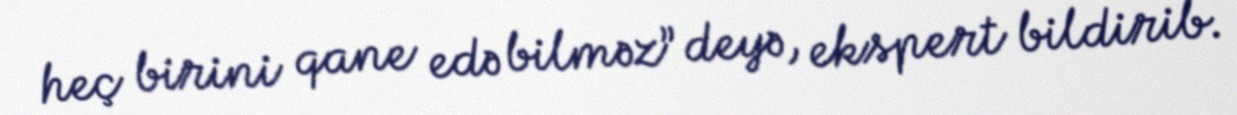
heç birini qane edə bilməz” deyə, ekspert bildirib.